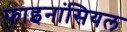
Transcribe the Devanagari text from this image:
फाइनांसियल